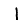
Digit: 1